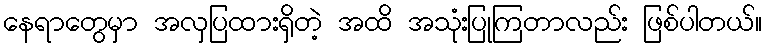
နေရာတွေမှာ အလှပြထားရှိတဲ့ အထိ အသုံးပြုကြတာလည်း ဖြစ်ပါတယ်။